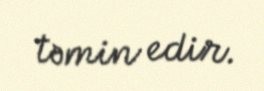
təmin edir.